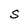
Character: S